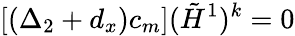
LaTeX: [(\Delta_{2}+d_{x})c_{m}]({\tilde{H}}^{1})^{k}=0